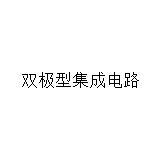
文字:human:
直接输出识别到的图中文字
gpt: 双极型集成电路